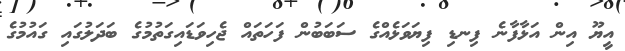
އީޔޫ އިން އަޅާފާނެ ފިނޑި ފިޔަވަޅެއްގެ ސަބަބުން ފަހަތައް ޖެހިވަޑައިގަތުމުގެ ބަދަލުގައި ގައުމުގެ